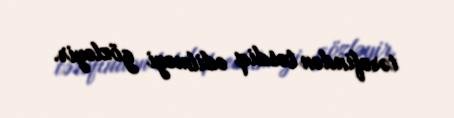
tərəfindən təsdiq edilməyi gözləyir.